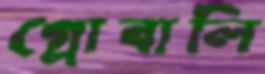
গ্লোবালি